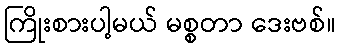
ကြိုးစားပါ့မယ် မစ္စတာ ဒေးဗစ်။